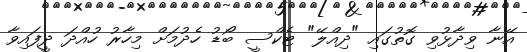
އޭނާ ވިދާޅުވި ގޮތުގައި "ދިއްލޭ" ޓެކްސީ ބޯޑު ހެދުމަށް މިހާރު ހުއްދަ ދީފައިވާ